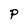
Character: P